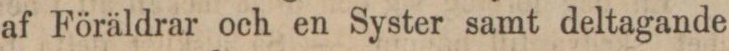
af Föräldrar och en Syster samt deltagande